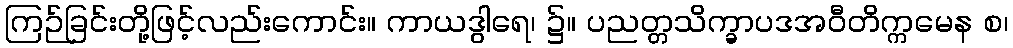
ကြဉ်ခြင်းတို့ဖြင့်လည်းကောင်း။ ကာယဒွါရေ၊ ၌။ ပညတ္တသိက္ခာပဒအဝီတိက္ကမေန စ၊